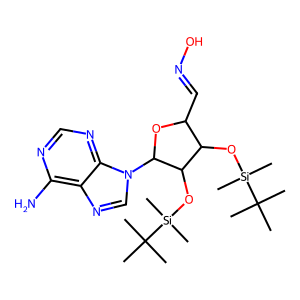
SMILES: CC(C)(C)[Si](C)(C)OC1C(C=NO)OC(n2cnc3c(N)ncnc32)C1O[Si](C)(C)C(C)(C)C
Inhibits HIV replication: No